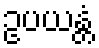
ဥပယန္တံ